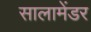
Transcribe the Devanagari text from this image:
सालामेंडर